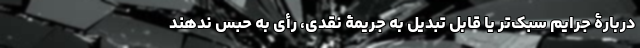
دربارۀ جرایم سبک‌تر یا قابل تبدیل به جریمۀ نقدی، رأی به حبس ندهند